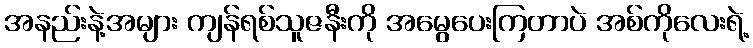
အနည်းနဲ့အများ ကျန်ရစ်သူဇနီးကို အမွေပေးကြတာပဲ အစ်ကိုလေးရဲ့